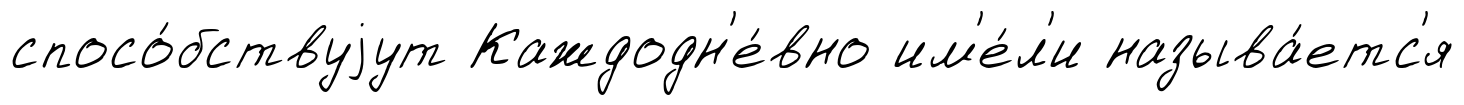
спосо́бствуjут Каждодн'е́вно им'е́л'и называ́етс'я